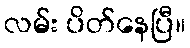
လမ်း ပိတ်နေပြီ။